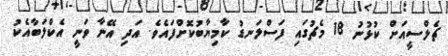
ޗެލްސީއަށް ކުޅުނު 18 މެޗުގައި ފަސްލަނޑު ކާމިޔާބުކޮށްފައެވެ. އަދި އޭނާ ވަނީ އެކްލަބާއެކު